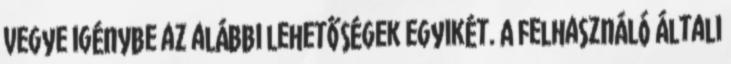
vegye igénybe az alábbi lehetőségek egyikét. A felhasználó általi